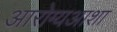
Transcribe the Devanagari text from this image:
आरोग्यआशा